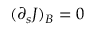
( \partial _ { s } J ) _ { B } = 0